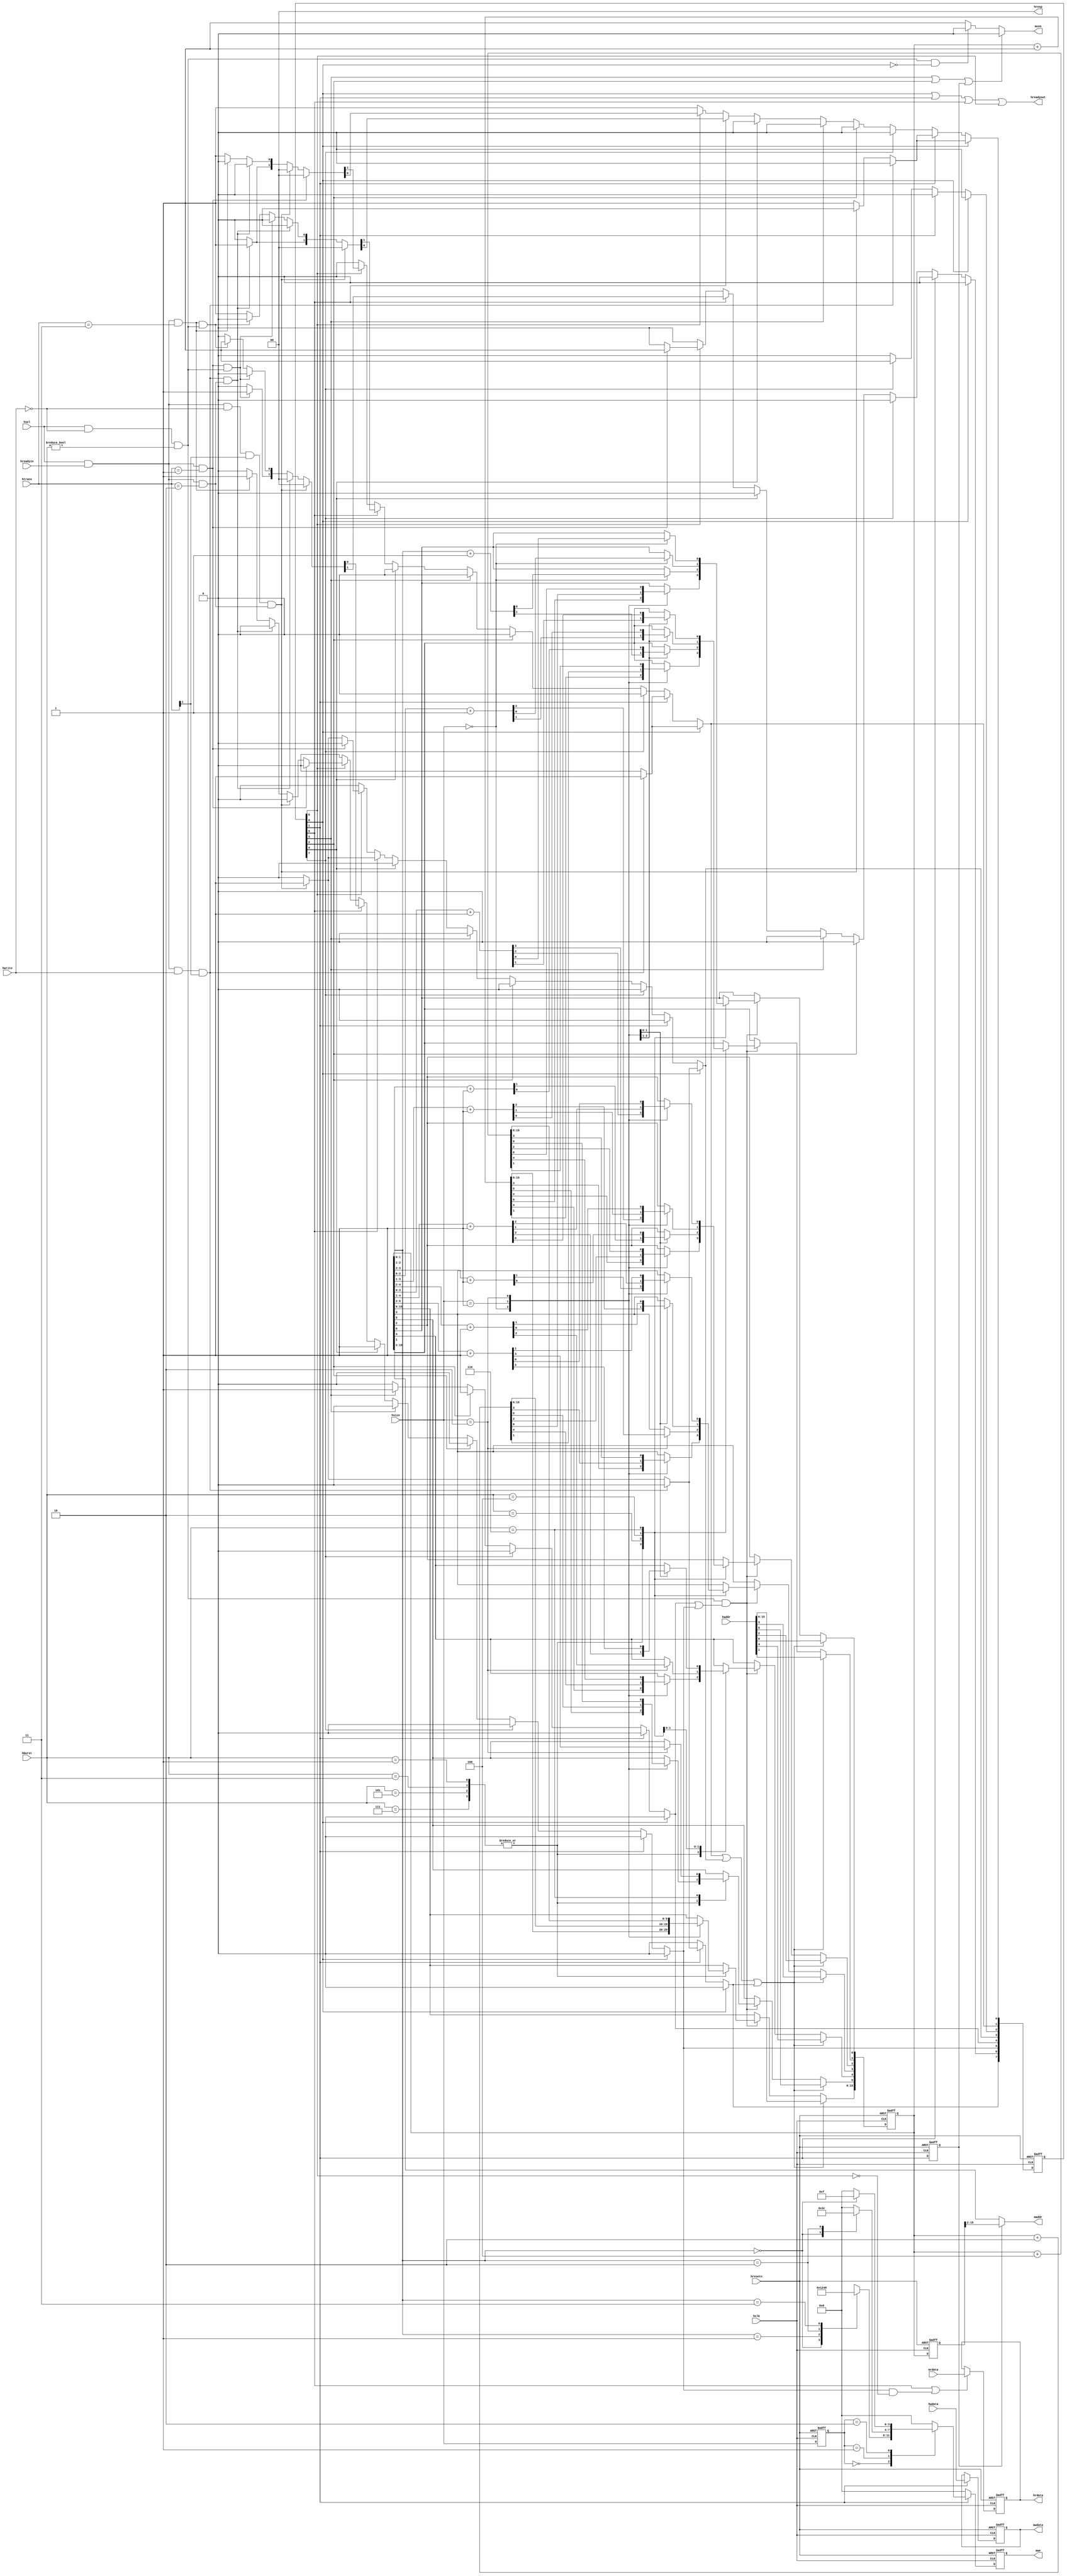
module ismi(
   // global signals
   input                hclk        ,
   input                hresetn     ,
   input                hsel        ,

   // AHB interface
   input  [31:0]        haddr       ,
   input  [31:0]        hwdata      ,
   input  [1:0]         htrans      ,
   input  [2:0]         hburst      ,
   input  [1:0]         hsize       ,
   input                hwrite      ,
   input                hreadyin    ,
   output reg [31:0]    hrdata      ,
   output               hreadyout   ,
   output [1:0]         hresp       ,

   // memory interface
   input  [31:0]        mrdata      ,
   output [13:0]        maddr       ,
   output               mcen        ,
   output reg [31:0]    mwdata      ,
   output reg [3:0]     mwe         
);

// state enumeration
parameter   IDLE    =0  ;
parameter   WRPA    =1  ;
parameter   WAIT    =2  ;         //wait during read start as same as write data phase
parameter   RDPA1   =3  ;
parameter   RDPD    =4  ;
parameter   RDPR    =5  ;
parameter   BRBZ    =6  ;
parameter   RDPA2   =7  ;

// burst parameter
parameter HBURST_SINGLE  =3'b000;
parameter HBURST_INCR    =3'b001;
parameter HBURST_WRAP4   =3'b010;
parameter HBURST_INCR4   =3'b011;
parameter HBURST_WRAP8   =3'b100;
parameter HBURST_INCR8   =3'b101;
parameter HBURST_WRAP16  =3'b110;
parameter HBURST_INCR16  =3'b111;

// registers
reg [7:0]   cstate;
reg [7:0]   nstate;
reg [15:0]  haddrReg;
reg [15:0]  haddr_wr_reg2;
reg [1:0]   hsizeReg;
reg         write_sram;

// reg [31:0]  mwdata;
// reg [3:0]   mwe;

wire          ReadValid;
wire          WriteValid;
wire          is_noseq;
wire          is_seq;
wire          is_idle;
wire          is_busy;
wire          burst_reading;

assign ReadValid     = hsel & hreadyin & ~hwrite & htrans[1];
assign WriteValid    = hsel & hreadyin &  hwrite & htrans[1];
assign is_idle       = hsel & hreadyin & (htrans[1:0] == 2'b00);
assign is_busy       = hsel & hreadyin & (htrans[1:0] == 2'b01);
assign is_noseq      = hsel & hreadyin & (htrans[1:0] == 2'b10);
assign is_seq        = hsel & hreadyin & (htrans[1:0] == 2'b11);
assign burst_reading = hsel & ~hwrite  & (hburst[2:0]!=HBURST_SINGLE);

// FSM sequential
always @(posedge hclk or negedge hresetn)
  begin
  if(!hresetn)
      cstate <= 8'h01;
  else
      cstate <= nstate;
end

// FSM combinational
always @( /*AUTOSENSE*/ReadValid or WriteValid or burst_reading
      or cstate or is_busy or is_noseq or is_seq )
  begin
  nstate=8'h00;
  case (1'b1)
      cstate[IDLE]:
          begin
        if(WriteValid)
          nstate[WRPA]=1;
        else if(ReadValid&is_noseq)
          nstate[RDPA1]=1;
        else
          nstate[IDLE]=1;
      end

      cstate[WRPA]:
          begin
        if(WriteValid)
          nstate[WRPA]=1;
        else if(ReadValid&is_noseq)
          nstate[RDPA2]=1;
        else
          nstate[IDLE]=1;
      end

      cstate[RDPA2]:
          begin
        nstate[WAIT]=1;
      end

    cstate[WAIT]:
          begin
      nstate[RDPD]=1;
    end

      cstate[RDPA1]:
          begin
        nstate[RDPD]=1;
      end

      cstate[RDPD]:
          begin
        nstate[RDPR]=1;
      end

      cstate[RDPR]:
          begin
        if(ReadValid&is_noseq)
          nstate[RDPA1]=1;
      else if(WriteValid&is_noseq)
          nstate[WRPA]=1;
        else if(is_busy&burst_reading)
          nstate[BRBZ]=1;
        else if(is_seq&burst_reading)
          nstate[RDPR]=1;
        else
          nstate[IDLE]=1;
      end

      cstate[BRBZ]:
          begin
      if(is_busy)
          nstate[BRBZ]=1;
        else if(ReadValid&is_noseq)
          nstate[RDPA1]=1;
      else if(WriteValid&is_noseq)
          nstate[WRPA]=1;
        else if(is_seq)
          nstate[RDPR]=1;
        else
          nstate[IDLE]=1;
      end

    default:
      nstate[IDLE]=1;
  endcase
end


// AHB output signals
// hreadyout
assign hreadyout= cstate[IDLE]|cstate[WRPA]|cstate[RDPR]|cstate[BRBZ];

// hrdata
always @(posedge hclk or negedge hresetn)
  begin
  if(!hresetn)
      hrdata <= 32'h0;
  else if(cstate[RDPR]|(nstate[RDPR]&~cstate[BRBZ]))
      hrdata <= mrdata[31:0];
end

// hresp
assign hresp[1:0] =2'b00;


// Memory output signals
// mwdata
always @(posedge hclk or negedge hresetn)
  begin
  if(!hresetn)
      mwdata[31:0] <= 32'h0;
  else if(cstate[WRPA])
      mwdata[31:0] <= hwdata[31:0];
end

// write cycle of SRAM
always @(posedge hclk or negedge hresetn)
  begin
  if(!hresetn)
    write_sram <= 1'b0;
  else
    write_sram <= cstate[WRPA];
end

// mcen
assign mcen = (cstate[RDPA1]|cstate[WAIT]|write_sram) ? 1'b0:
              (burst_reading&~cstate[IDLE])? 1'b0: 1'b1;

// address latch
always @(posedge hclk or negedge hresetn)
  begin
   if(!hresetn)
       haddrReg<=0;
   else if(nstate[WRPA]|nstate[RDPA1]|nstate[RDPA2])
       haddrReg<=haddr[15:0];
   else if(burst_reading&(nstate[RDPD]|nstate[RDPR]))
         begin
     case(hburst)
         HBURST_INCR,HBURST_INCR4,HBURST_INCR8,HBURST_INCR16:
                 begin
           case(hsize)
             2'b00: haddrReg<=haddrReg+1;
             2'b01: haddrReg<=haddrReg+2;
             2'b10: haddrReg<=haddrReg+4;
           default: haddrReg<=haddrReg;
           endcase // case (hsize)
         end

         HBURST_WRAP4:
                 begin
           case(hsize)
             2'b00: haddrReg[1:0]<=haddrReg[1:0]+1;
             2'b01: haddrReg[2:1]<=haddrReg[2:1]+1;
             2'b10: haddrReg[3:2]<=haddrReg[3:2]+1;
           default: haddrReg<=haddrReg;
           endcase // case (hsize)
         end

         HBURST_WRAP8:
                 begin
           case(hsize)
             2'b00: haddrReg[2:0]<=haddrReg[2:0]+1;
             2'b01: haddrReg[3:1]<=haddrReg[3:1]+1;
             2'b10: haddrReg[4:2]<=haddrReg[4:2]+1;
           default: haddrReg<=haddrReg;
           endcase // case (hsize)
         end

         HBURST_WRAP16:
                 begin
           case(hsize)
             2'b00: haddrReg[3:0]<=haddrReg[3:0]+1;
             2'b01: haddrReg[4:1]<=haddrReg[4:1]+1;
             2'b10: haddrReg[5:2]<=haddrReg[5:2]+1;
           default: haddrReg<=haddrReg;
           endcase // case (hsize)
         end
       default: haddrReg<=haddrReg;
       endcase // case (hburst)
   end
end

// maddr up to 64KB
assign maddr[13:0] = write_sram ? haddr_wr_reg2[15:2] : haddrReg[15:2];

// write haddr register, no auto generate for burst
always @(posedge hclk or negedge hresetn)
  begin
  if(!hresetn)
    haddr_wr_reg2 <= 0;
  else
    haddr_wr_reg2 <= haddrReg;
end

// hsize Register
always @(posedge hclk or negedge hresetn)
  begin
  if(!hresetn)
      hsizeReg<=0;
  else
      hsizeReg<=hsize;
end

// mwe
always @(posedge hclk or negedge hresetn)
  begin
  if(!hresetn)
    mwe[3:0]<=4'b0000;
  else if(cstate[WRPA])
      begin
      case(hsizeReg[1:0])
        2'b00:
              begin
          case(haddrReg[1:0])
              2'b00: mwe[3:0]<=4'b0001;
              2'b01: mwe[3:0]<=4'b0010;
              2'b10: mwe[3:0]<=4'b0100;
              2'b11: mwe[3:0]<=4'b1000;
          default: mwe[3:0]<=4'b0000;
          endcase // case (haddrReg[1:0])
        end

        2'b01:
              begin
          case(haddrReg[1:0])
              2'b00: mwe[3:0]<=4'b0011;
              2'b10: mwe[3:0]<=4'b1100;
          default: mwe[3:0]<=4'b0000;
          endcase // case (haddrReg[1:0])
        end

        2'b10:
              begin
          case(haddrReg[1:0])
              2'b00: mwe[3:0]<=4'b1111;
          default: mwe[3:0]<=4'b0000;
          endcase // case (haddrReg[1:0])
        end

      default: mwe[3:0]<=4'b0000;
      endcase // case (hsize[1:0])
 end // if (cstate[WRPA])
 else
     mwe[3:0]<=4'b0000;
end

endmodule